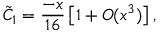
\tilde { C } _ { 1 } = \frac { - x } { 1 6 } \left[ 1 + { \cal { O } } ( x ^ { 3 } ) \right] ,